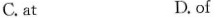
C. at D.of